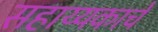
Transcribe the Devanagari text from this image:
सहाय्यकाचे